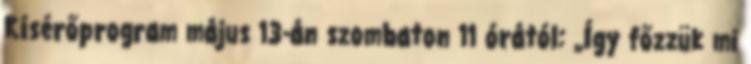
Kísérőprogram május 13-án szombaton 11 órától: „Így főzzük mi